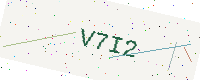
Text: V7I2